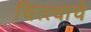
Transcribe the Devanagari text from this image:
चित्त्याचे